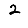
Digit: 2